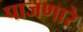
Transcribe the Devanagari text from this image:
पाजणारे